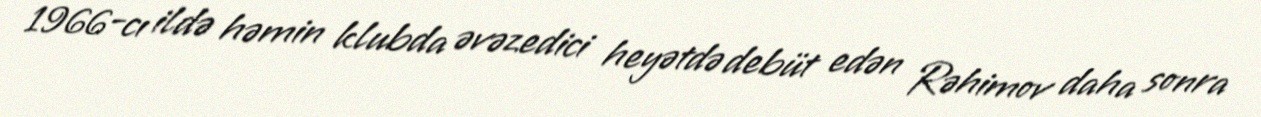
1966-cı ildə həmin klubda əvəzedici heyətdə debüt edən Rəhimov daha sonra